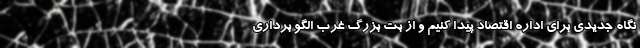
نگاه جدیدی برای اداره اقتصاد پیدا کنیم و از بت بزرگ غرب الگو برداری